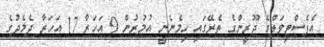
އެފެެސްޓިވަލްގެ ޖޫރީންގެ ތެރޭގައި ހިމެނެނީ އުމުރުން 9 އަހަރާ 17 އަހަރާ ދެމެދުގެ